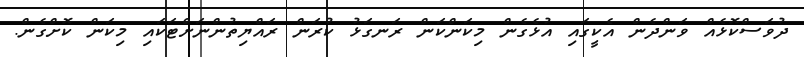
ދުވަސްކޮޅެއް ވަންދެން އެކީގައި އުޅެގެން މިކަންކަން ރަނގަޅު ކުރަން ރައްޔިތުންނަށްޓަކައި މިކަން ކޮށްގެން.